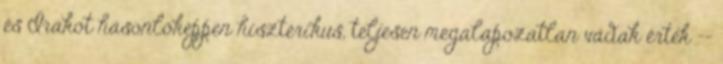
és Irakot hasonlóképpen hisztérikus, teljesen megalapozatlan vádak érték --